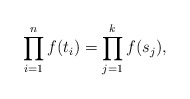
\begin{align*}\prod_{i = 1}^n f(t_i) = \prod_{j = 1}^k f(s_j),\end{align*}